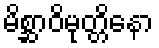
မိစ္ဆာဝိမုတ္တိနော